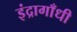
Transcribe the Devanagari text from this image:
इंद्रागाँधी